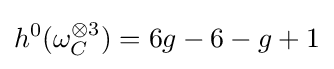
h^{0}(\omega _{C}^{\otimes 3})=6g-6-g+1